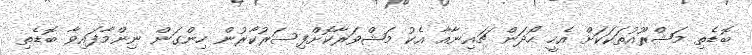
ބޮޑެތި މަޝްރޫއުތަކަކަށް އެހީ ހޯދަން ޗައިނާއާ އެކު މަޝްވަރާކޮށްފިސަރުކާރުން ހިންގަން ނިންމާފައިވާ ބޮޑެތި